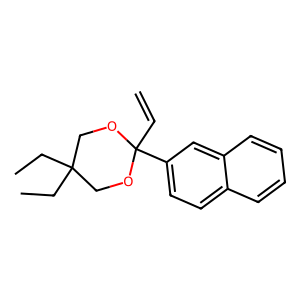
SMILES: C=CC1(c2ccc3ccccc3c2)OCC(CC)(CC)CO1
Inhibits HIV replication: No